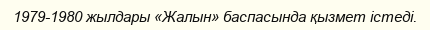
1979-1980 жылдары «Жалын» баспасында қызмет істеді.